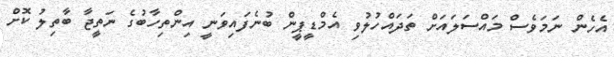
އެހެން ނަމަވެސް މައްސަލައަށް ތަދައްހުލުވި އެމްޑީޕީން ބުނެފައިވަނީ އިންތިހާބުގެ ނަތީޖާ ބާތިލު ކޮށް